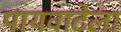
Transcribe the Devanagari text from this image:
पायवाटेला